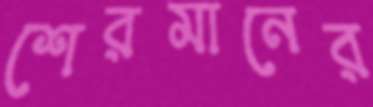
শেরমানের